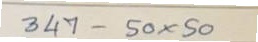
347 - 50 x 50